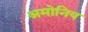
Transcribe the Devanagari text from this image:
अमोनिय